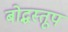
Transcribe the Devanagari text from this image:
बोद्धस्तूप